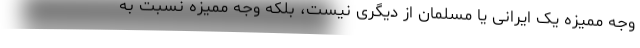
وجه ممیزه یک ایرانی یا مسلمان از دیگری نیست، بلکه وجه ممیزه نسبت به